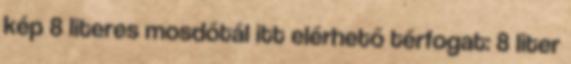
kép 8 literes mosdótál itt elérhető térfogat: 8 liter